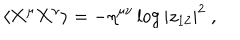
LaTeX: \langle { \bf X } ^ { \mu } { \bf X } ^ { \nu } \rangle = - \eta ^ { \mu \nu } \log | z _ { 1 2 } | ^ { 2 } ~ ,